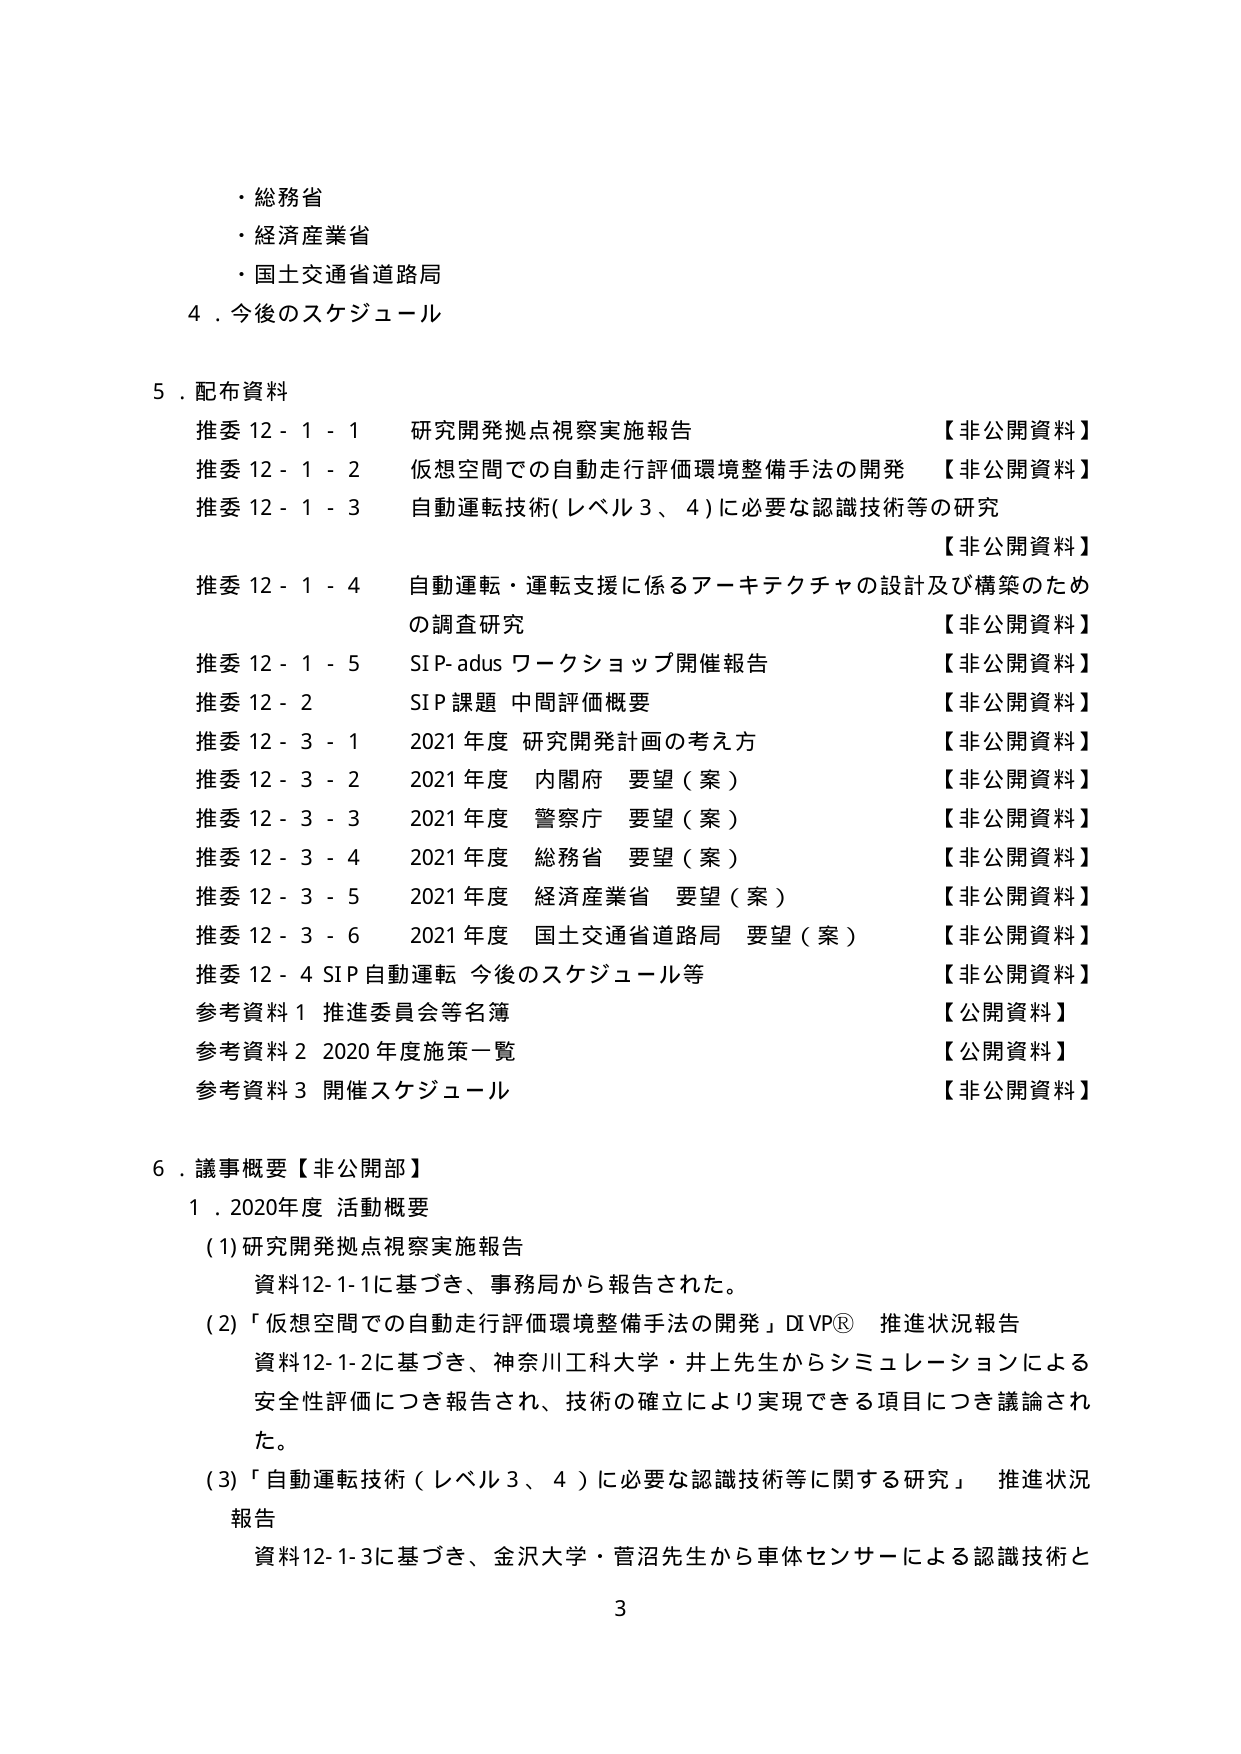
・総務省
・経済産業省
・国土交通省道路局

4．今後のスケジュール

5．配布資料
推委12-1-1 研究開発拠点視察実施報告 【非公開資料】
推委12-1-2 仮想空間での自動走行評価環境整備手法の開発 【非公開資料】
推委12-1-3 自動運転技術(レベル3、4)に必要な認識技術等の研究 【非公開資料】
推委12-1-4 自動運転・運転支援に係るアーキテクチャの設計及び構築のための調査研究 【非公開資料】
推委12-1-5 SIP-adus ワークショップ開催報告 【非公開資料】
推委12-2 SIP課題 中間評価概要 【非公開資料】
推委12-3-1 2021年度 研究開発計画の考え方 【非公開資料】
推委12-3-2 2021年度 内閣府 要望（案） 【非公開資料】
推委12-3-3 2021年度 警察庁 要望（案） 【非公開資料】
推委12-3-4 2021年度 総務省 要望（案） 【非公開資料】
推委12-3-5 2021年度 経済産業省 要望（案） 【非公開資料】
推委12-3-6 2021年度 国土交通省道路局 要望（案） 【非公開資料】
推委12-4 SIP自動運転 今後のスケジュール等 【非公開資料】
参考資料1 推進委員会等名簿 【公開資料】
参考資料2 2020年度施策一覧 【公開資料】
参考資料3 開催スケジュール 【非公開資料】

6．議事概要【非公開部】
1．2020年度 活動概要
(1) 研究開発拠点視察実施報告
資料12-1-1に基づき、事務局から報告された。
(2) 「仮想空間での自動走行評価環境整備手法の開発」DIVP® 推進状況報告
資料12-1-2に基づき、神奈川工科大学・井上先生からシミュレーションによる安全性評価につき報告され、技術の確立により実現できる項目につき議論された。
(3) 「自動運転技術（レベル3、4）に必要な認識技術等に関する研究」 推進状況報告
資料12-1-3に基づき、金沢大学・菅沼先生から車体センサーによる認識技術と

3